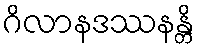
ဂိလာနဒဿနန္တိ